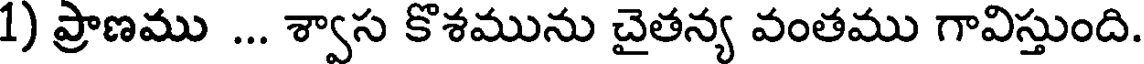
1) ప్రాణము ... శ్వాస కొశమును చైతన్య వంతము గావిస్తుంది.